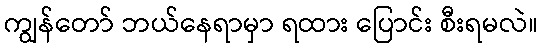
ကျွန်တော် ဘယ်နေရာမှာ ရထား ပြောင်း စီးရမလဲ။